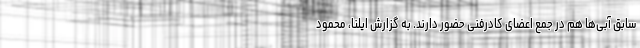
سابق آبی‌ها هم در جمع اعضای کادرفنی حضور دارند. به گزارش ایلنا، محمود